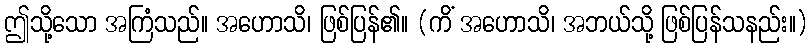
ဤသို့သော အကြံသည်။ အဟောသိ၊ ဖြစ်ပြန်၏။ (ကိံ အဟောသိ၊ အဘယ်သို့ ဖြစ်ပြန်သနည်း။)